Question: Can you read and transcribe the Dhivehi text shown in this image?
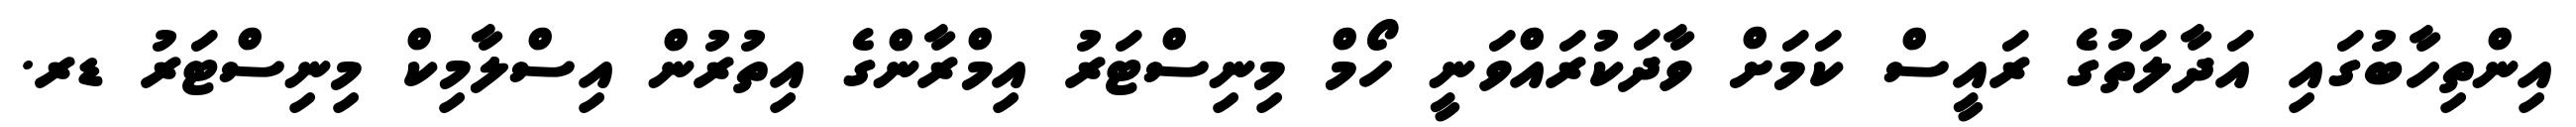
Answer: އިންތިހާބުގައި އަދާލަތުގެ ރައީސް ކަމަށް ވާދަކުރައްވަނީ ހޯމް މިނިސްޓަރު އިމްރާންގެ އިތުރުން އިސްލާމިކް މިނިސްޓަރު ޑރ.